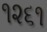
૧૨૬૧